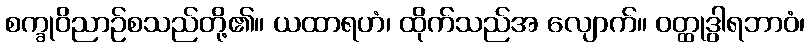
စက္ခုဝိညာဉ်စသည်တို့၏။ ယထာရဟံ၊ ထိုက်သည်အ လျောက်။ ဝတ္ထုဒွါရဘာဝံ၊